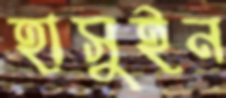
হাসুইন